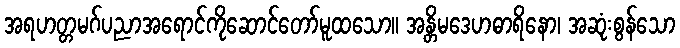
အရဟတ္တမဂ်ပညာအရောင်ကိုဆောင်တော်မူထသော။ အန္တိမဒေဟဓာရိနော၊ အဆုံးစွန်သော